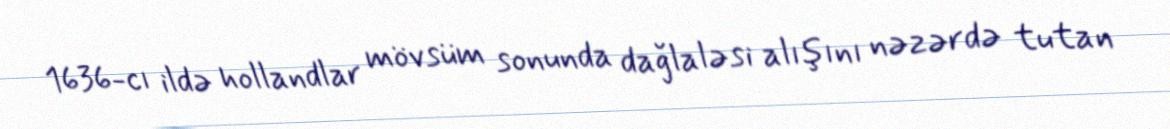
1636-cı ildə hollandlar mövsüm sonunda dağlaləsi alışını nəzərdə tutan